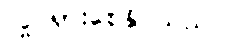
လှုပ်ရှားစေနိုင်သည်။